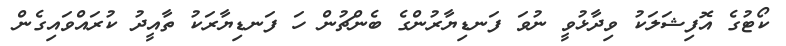
ކޯޓުގެ އޮފިޝަލަކު ވިދާޅުވީ ނުވަ ފަނޑިޔާރުންގެ ބެންޗުން ހަ ފަނޑިޔާރަކު ތާއީދު ކުރައްވައިގެން